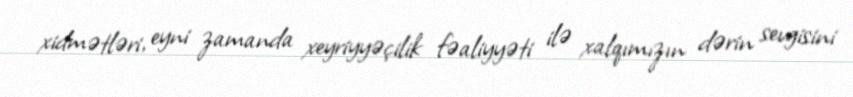
xidmətləri, eyni zamanda xeyriyyəçilik fəaliyyəti ilə xalqımızın dərin sevgisini